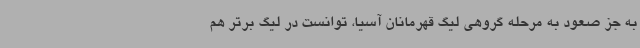
به جز صعود به مرحله گروهی لیگ قهرمانان آسیا، توانست در لیگ برتر هم